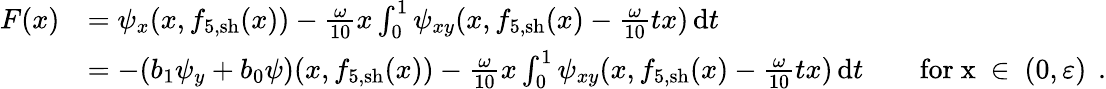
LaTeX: \begin{array}{rl}{F(x)}&{=\psi_{x}(x,f_{5,\mathrm{sh}}(x))-\frac{\omega}{10}x\int_{0}^{1}\psi_{xy}(x,f_{5,\mathrm{sh}}(x)-\frac{\omega}{10}tx)\, \mathrm{d}t}\\ &{=-(b_{1}\psi_{y}+b_{0}\psi)(x,f_{5,\mathrm{sh}}(x))-\frac{\omega}{10}x\int_{0}^{1}\psi_{xy}(x,f_{5,\mathrm{sh}}(x)-\frac{\omega}{10}tx)\, \mathrm{d}t\qquad\mathrm{for~x~\in~(0,\varepsilon)~}\, .}\end{array}